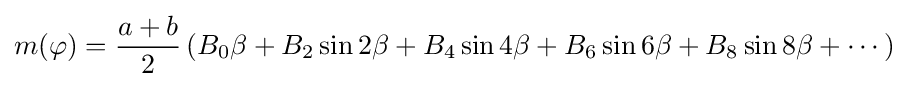
m(\varphi )={\frac {a+b}{2}}\left(B_{0}\beta +B_{2}\sin 2\beta +B_{4}\sin 4\beta +B_{6}\sin 6\beta +B_{8}\sin 8\beta +\cdots \right)